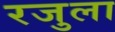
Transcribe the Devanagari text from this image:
रजुला